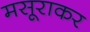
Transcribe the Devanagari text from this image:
मसूराकर